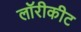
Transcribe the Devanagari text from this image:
लॉरीकीट